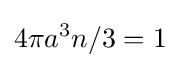
4\pi a^{3}n/3=1